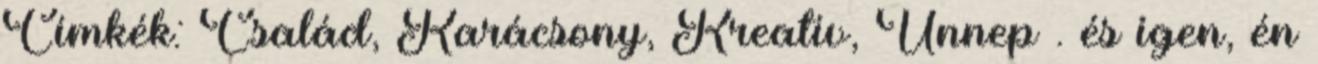
Címkék: Család, Karácsony, Kreatív, Ünnep . és igen, én